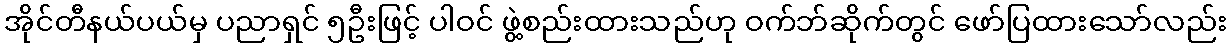
အိုင်တီနယ်ပယ်မှ ပညာရှင် ၅ဦးဖြင့် ပါဝင် ဖွဲ့စည်းထားသည်ဟု ဝက်ဘ်ဆိုက်တွင် ဖော်ပြထားသော်လည်း